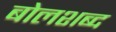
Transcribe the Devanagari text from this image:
बोलशब्द